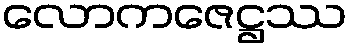
လောကဇေဋ္ဌဿ